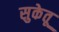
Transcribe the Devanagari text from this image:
सुकेतू